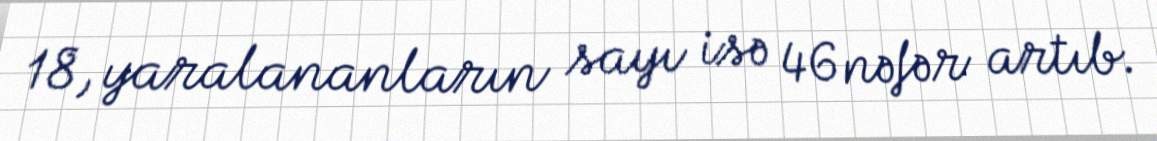
18, yaralananların sayı isə 46 nəfər artıb.